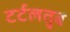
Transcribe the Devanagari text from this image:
टर्टलतुब